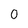
Character: 0